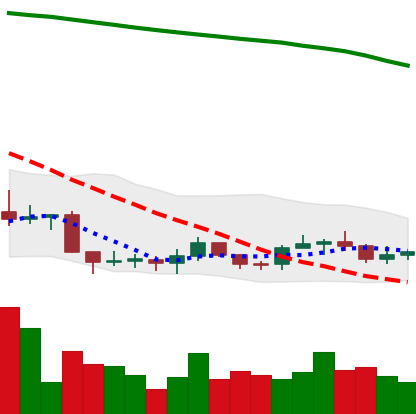
Ticker: ADA-USD
Chart end date: 2019-09-13
Forward return: 16.478%
Label: up_7plus